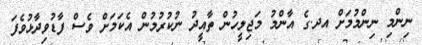
ނިންމި ނިންމުމަށް އދ.ގެ އާންމު މަޖިލީހުން ތާއީދު ނުކުރުމުން އެކަމަށް ވެސް ފާޑުވިދާޅުވެފަ